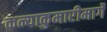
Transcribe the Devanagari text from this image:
कन्याकुमारीमार्गे